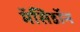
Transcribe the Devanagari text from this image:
मॅसिडॉन